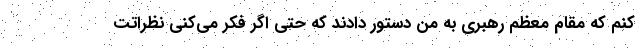
کنم که مقام معظم رهبری به من دستور دادند که حتی اگر فکر می‌‌کنی نظراتت